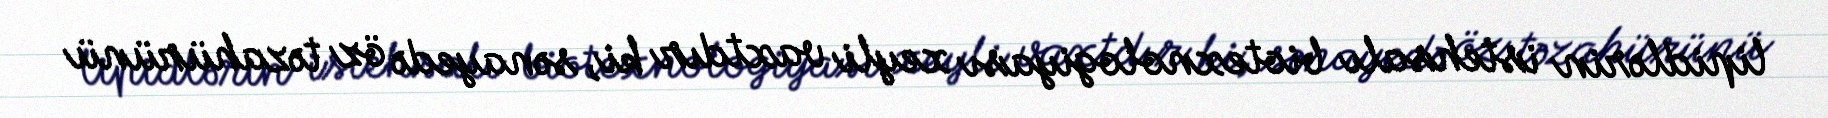
lipidlərin istehsalı biotexnologiyası xeyli vaxtdır ki, sənayedə öz təzahürünü